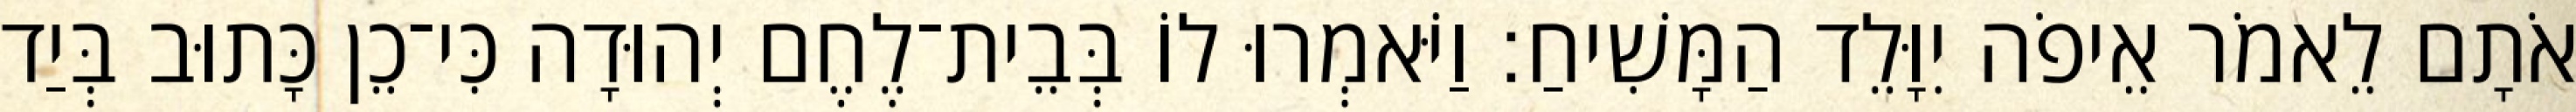
אֹתָם לֵאמֹר אֵיפֹה יִוָּלֵד הַמָּשִׁיחַ׃ וַיֹּאמְרוּ לוֹ בְּבֵית־לֶחֶם יְהוּדָה כִּי־כֵן כָּתוּב בְּיַד